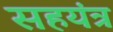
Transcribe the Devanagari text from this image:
सहयंत्र